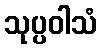
သုပ္ပဝါသံ